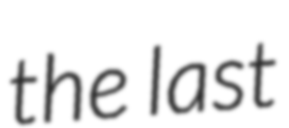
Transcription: the last